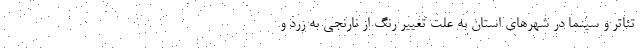
تئاتر و سینما در شهرهای استان به علت تغییر رنگ از نارنجی به زرد و